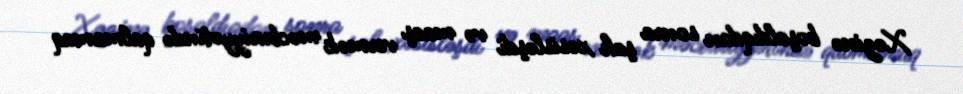
Xəzinə boşaldıqdan sonra şah xəsisləşdi və maaş vermək məcburiyyətində qalmamaq